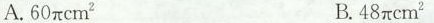
A.60πcm^{2} B.48πcm^{2}